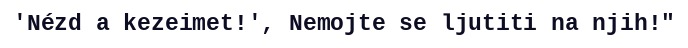
'Nézd a kezeimet!', Nemojte se ljutiti na njih!"